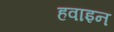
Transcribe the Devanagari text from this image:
हवाइन